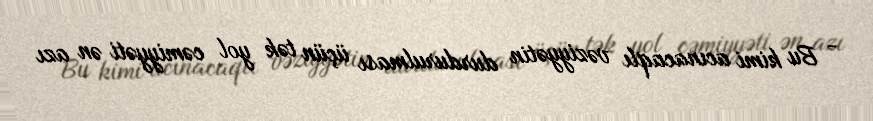
- Bu kimi acınacaqlı vəziyyətin durdurulması üçün tək yol cəmiyyəti ən azı